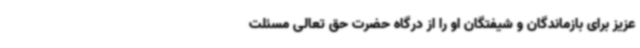
عزیز برای بازماندگان و شیفتگان او را از درگاه حضرت حق تعالی مسئلت